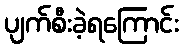
ပျက်စီးခဲ့ရကြောင်း